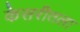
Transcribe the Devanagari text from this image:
केसरीतला